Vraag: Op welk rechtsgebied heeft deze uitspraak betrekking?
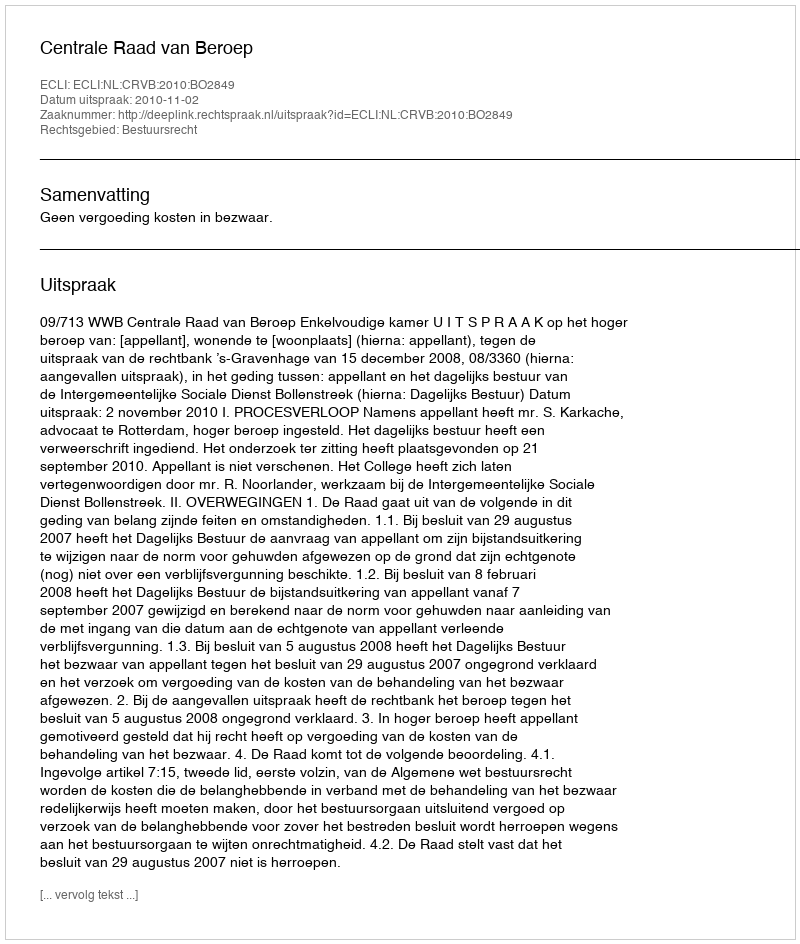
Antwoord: Bestuursrecht